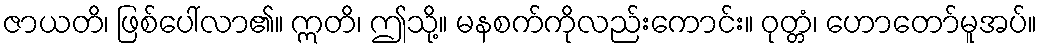
ဇာယတိ၊ ဖြစ်ပေါ်လာ၏။ ဣတိ၊ ဤသို့။ မနစက်ကိုလည်းကောင်း။ ဝုတ္တံ၊ ဟောတော်မူအပ်။